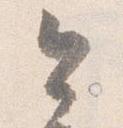
今